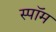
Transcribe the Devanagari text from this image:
स्पॉम